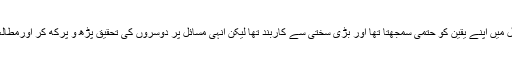
ایک وقت تھا کہ میں کچھ مسائل میں اپنے یقین کو حتمی سمجھتا تھا اور بڑی سختی سے کاربند تھا لیکن انہی مسائل پر دوسروں کی تحقیق پڑھ و پرکھ کر اورمطالعہ سے آج ویسا خیال نہیں کرتا۔